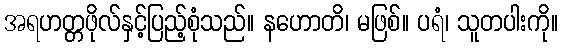
အရဟတ္တဖိုလ်နှင့်ပြည့်စုံသည်။ နဟောတိ၊ မဖြစ်။ ပရံ၊ သူတပါးကို။